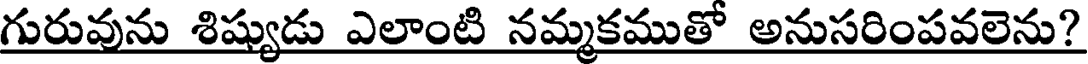
గురువును శిష్యుడు ఎలాంటి నమ్మకముతో అనుసరింపవలెను?